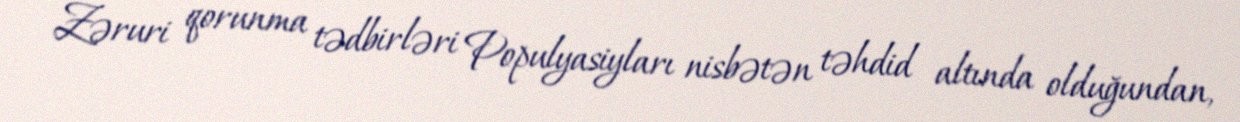
Zəruri qorunma tədbirləri Populyasiyları nisbətən təhdid altında olduğundan,